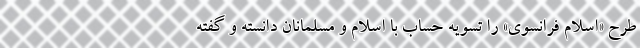
طرح «اسلام فرانسوی» را تسویه حساب با اسلام و مسلمانان دانسته و گفته